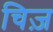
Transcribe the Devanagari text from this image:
चिज़